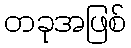
တခုအဖြစ်